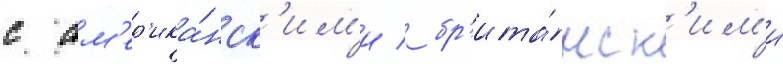
с ам'ер'ика́нск'им'и / бр'ита́нск'им'и